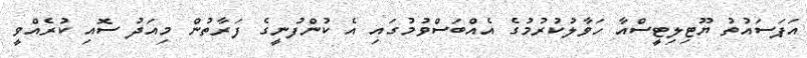
އަޕަސައުތު ޔޫޓިލިޓީސްއާ ހަވާލުކުރުމުގެ އެއްބަސްވުމުގައި އެ ކުންފުނީގެ ފަރާތުން މިއަދު ސޮއި ކުރެއްވީ